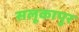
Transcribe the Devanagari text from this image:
सलूकापुर